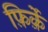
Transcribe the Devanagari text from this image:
फ़िर्क़े